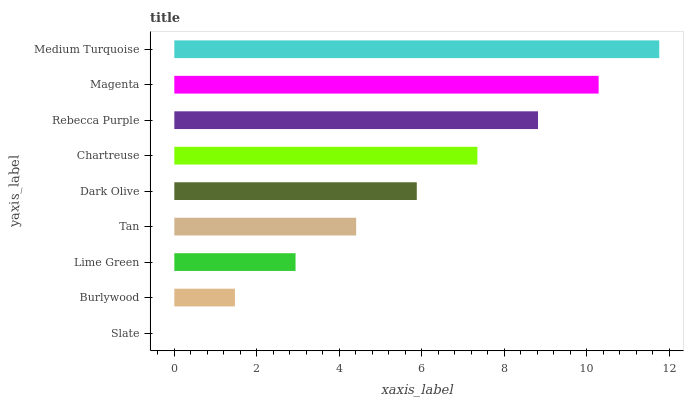
| yaxis_label | bars |
 | --- | --- |
 | Slate | 0 |
 | Burlywood | 1.47 |
 | Lime Green | 2.94 |
 | Tan | 4.41 |
 | Dark Olive | 5.88 |
 | Chartreuse | 7.35 |
 | Rebecca Purple | 8.82 |
 | Magenta | 10.3 |
 | Medium Turquoise | 11.8 |